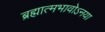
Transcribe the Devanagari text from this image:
ब्रह्मात्मभावोऽनया